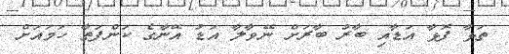
ތަޅާ ފޮޅާ އަޑާއި ބާރު ބާރަށް ނޭވާލާ އަޑު އޭނާގެ ކަންފަތާ ހަމައަށް